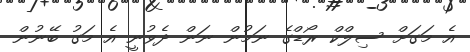
އެ މަގަށް ސިލްކް ރޯޑްގެ ނަމުން ނަން ދެވުނީ އެ މަގު ބޭނުން